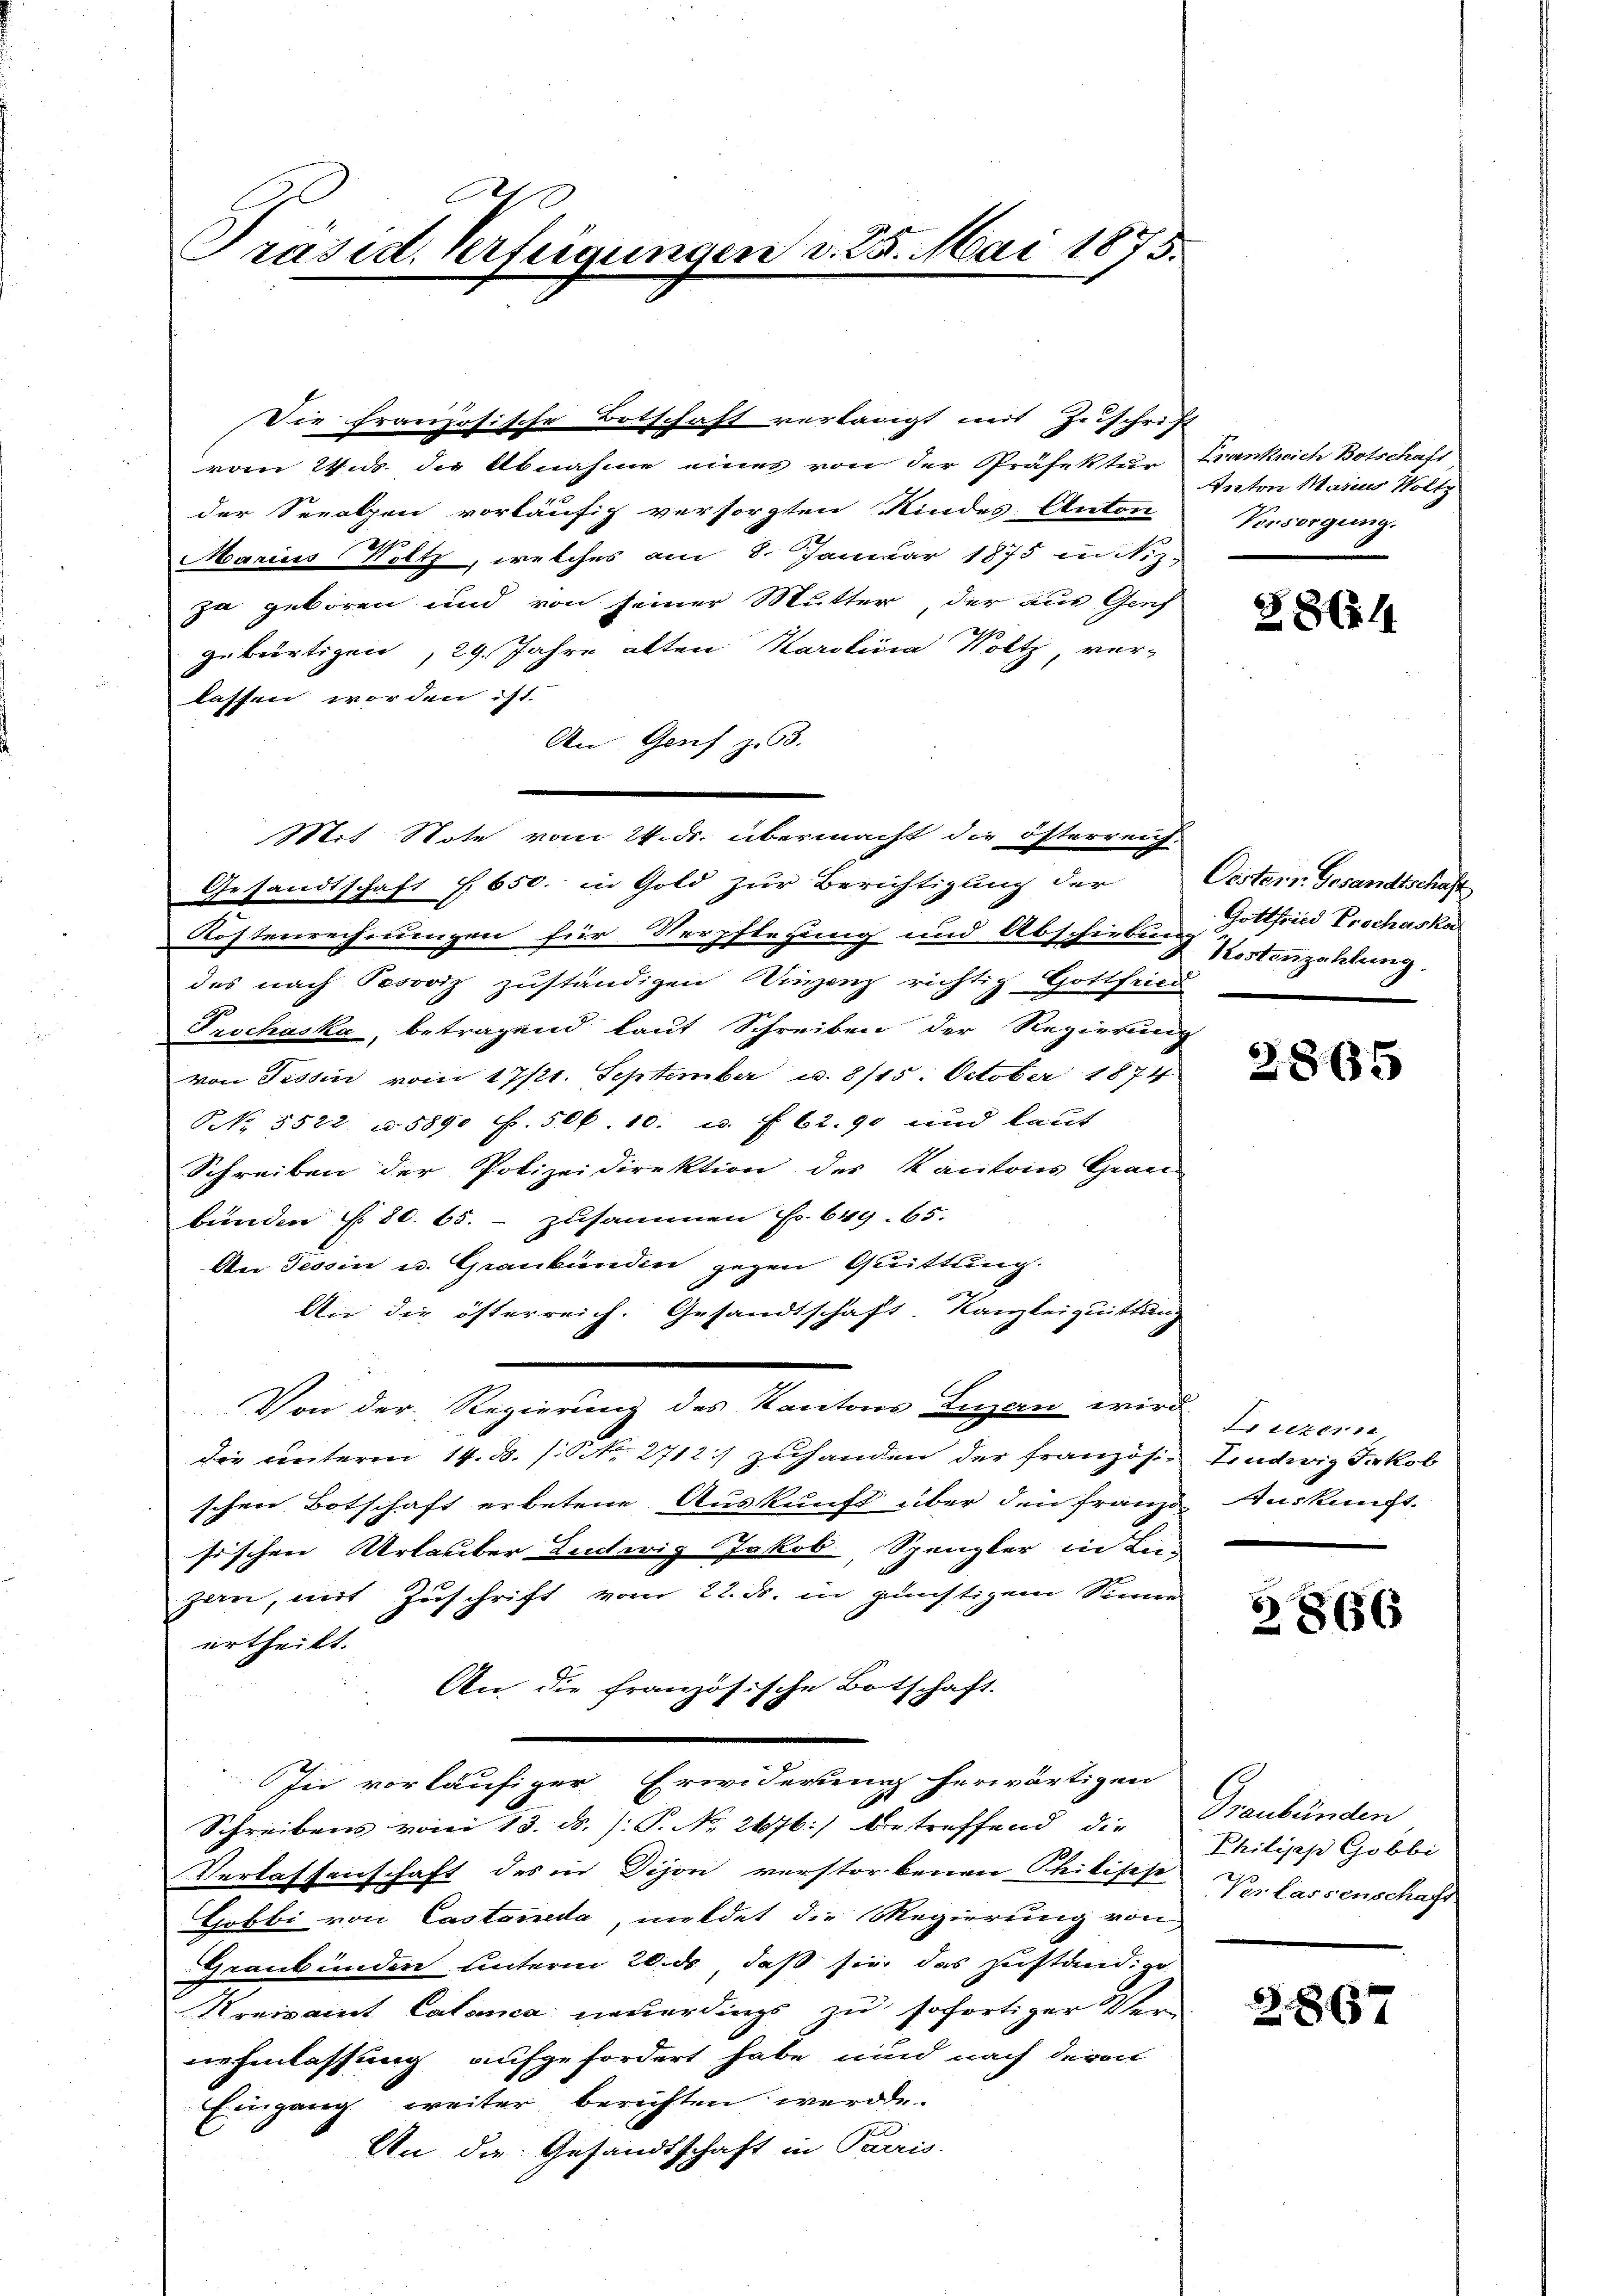
Präsid. Verfügungen

Die französische Botschaft verlangt mit Zuschrift
vom 24. ds. die Abnahme eines von der Präfektur Frankrich Botschaft
der Seeolpen vorläufig versorgten Kindes Anton Vorsorgung
Marius Voltz, welches am 8. Januar 1875 in Stiz-
ja geboren und von seiner Mutter, der aus Genf
gebürtigen, 29. Jahre alten Karolina Woltz, ver-
lassen worden ist.
An Genf z. 3.
Mit Note vom 24. ds. übermacht die österreich-
Gesandtschaft f. 650. in Gold zur Berichtigung der
Kostenrechnungen für Verpflegung und Abschiebung Pertonzahlung.
des nach Peroviz zuständigen Winzenz richtig Gottfried
Prschaska, betragend laut Schreiben der Regierun
von Tessin vom 17/21. September u. 8115. October 1874
NNo. 5522 u. 5890 ff. 506. 10. c. f. 62. 90 und laut
Schreiben der Polizeidirektion der Kantons Grau
bunden § 80. 65. - zusammen Fr. 649. 65.
An Tessin u. Graubünden gegen Quittung.
An die österreich. Gesandtschaft. Kanzleiquittung
Von der Regierung des Kantons Luzern wird
die unterm 14. B. /: No 2712:/ zuhanden der französi-
schen Botschaft erbetene Auskunft über den Franz
sischen Urlauber Ludwig Jakob Spanzler in Lie-
zan, mit Zuschrift vom 22. ds. in günstigem Sinne
ertheilt.
An die französische Botschaft.
In vorläufiger Erwiderung herwärtigen
Schreibens vom 13. ds. s. S. No. 2676) betreffend die
Verlassenschaft des in Dison verstorbenen Philische
Hobbi von Castaneda, meldet die Regierung von
Graubünden unterm 20. ds, daß sie das Zuständige
Kreisamt Catanea neuerdings zu sofortiger Ver-
nehmlassung aufgefordert habe, und nach davon
Eingang weiter berichten werde.
An der Gesandtschaft in Paris

v. 25. Mai 1875.

Anton Marius Woltz

t

2

§861

Oestern Gesandtschaft
Gottfried Erschaska

2865

Freizern,
Ludwig Jakob
Auskunft.

2866

Graubünden
Philipp Gobbi
2
Verlassenschaft

Z. 867